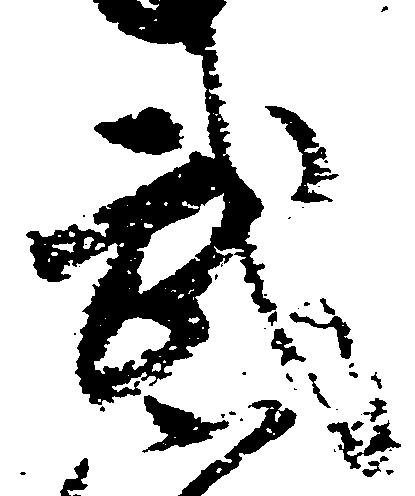
武